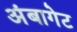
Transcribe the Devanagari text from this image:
अंबागेट